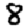
Digit: 8